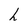
Character: L